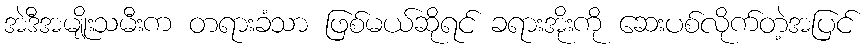
အဲဒီအမျိုးသမီးက တရားခံသာ ဖြစ်မယ်ဆိုရင် ခရားအိုးကို ဆေးပစ်လိုက်တဲ့အပြင်